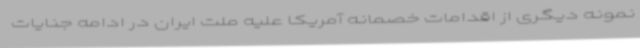
نمونه دیگری از اقدامات خصمانه آمریکا علیه ملت ایران در ادامه جنایات